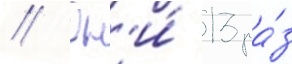
// Он'и́ 13 ра́з